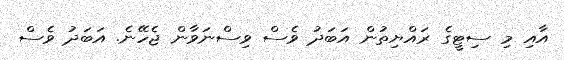
އާއި މި ސިޓީގެ ރައްޔިތުން އަބަދު ވެސް ވިސްނަވާން ޖެހޭނެ. އަބަދު ވެސް